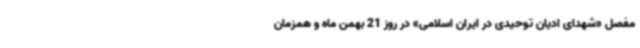
مفصل «شهدای ادیان توحیدی در ایران اسلامی» در روز 21 بهمن ماه و همزمان